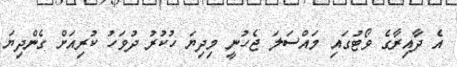
އެ ދާއިރާގެ ވޯޓުގައި މައްސަލަ ޖެހުނީ މިދިޔަ ހުކުރު ދުވަހު ކުރިއަށް ގެންދިޔަ